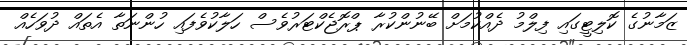
ޒަމާނުގެ ކޮލިޓީގައި ފިލްމު ދެއްކުމަށް ބޭނުންކުރާ ޕްރޮޖެކްޓަރުވެސް ހަލާކުވެފައި ހުންނަތާ އެތައް ދުވަހެއް